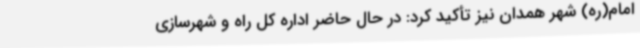
امام(ره) شهر همدان نیز تأکید کرد: در حال حاضر اداره کل راه و شهرسازی